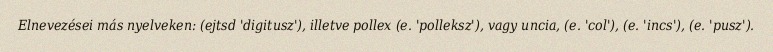
Elnevezései más nyelveken: (ejtsd 'digitusz'), illetve pollex (e. 'polleksz'), vagy uncia, (e. 'col'), (e. 'incs'), (e. 'pusz').